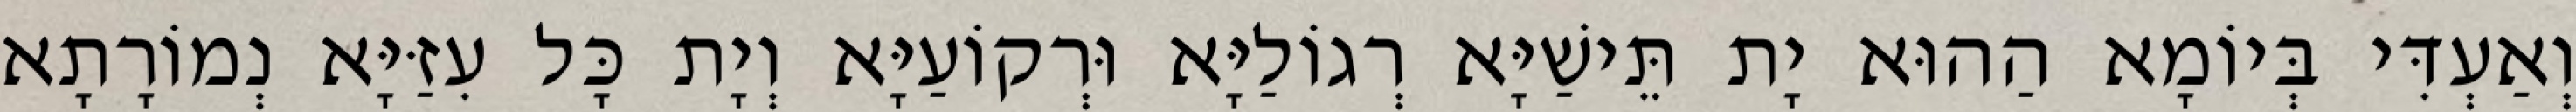
וְאַעְדִּי בְּיוֹמָא הַהוּא יָת תֵּישַׁיָּא רְגוֹלַיָּא וּרְקוֹעַיָּא וְיָת כָּל עִזַּיָּא נְמוֹרָתָא